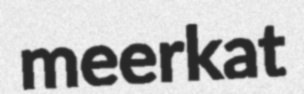
meerkat